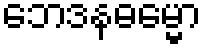
ဘေဒနဓမ္မော